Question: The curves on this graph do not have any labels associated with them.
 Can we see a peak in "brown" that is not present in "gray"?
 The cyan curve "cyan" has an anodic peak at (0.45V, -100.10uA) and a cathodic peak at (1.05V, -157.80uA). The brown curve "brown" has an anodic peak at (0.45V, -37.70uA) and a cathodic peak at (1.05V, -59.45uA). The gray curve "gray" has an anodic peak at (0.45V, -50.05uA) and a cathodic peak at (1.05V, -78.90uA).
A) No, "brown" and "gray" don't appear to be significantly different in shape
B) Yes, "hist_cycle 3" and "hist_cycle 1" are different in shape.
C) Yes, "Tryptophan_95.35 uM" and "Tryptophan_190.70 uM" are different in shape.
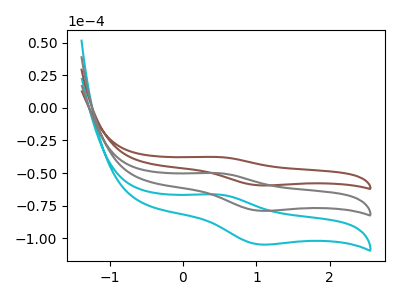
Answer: <think>All the peaks in "brown" have a peak in "gray" at the same potential.
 </think>
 <answer>A) No, "brown" and "gray" don't appear to be significantly different in shape</answer>
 <eval>A</eval>